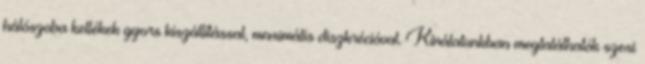
hálószoba kellékek gyors kiszállítással, maximális diszkrécióval. Kínálatunkban megtalálhatók szexi